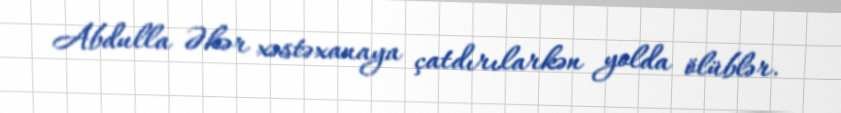
Abdulla Əkər xəstəxanaya çatdırılarkən yolda ölüblər.